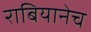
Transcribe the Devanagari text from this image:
राबियानेच